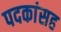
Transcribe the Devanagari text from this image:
पदकांसह